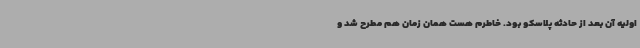
اولیه آن بعد از حادثه پلاسکو بود. خاطرم هست همان زمان هم مطرح شد و